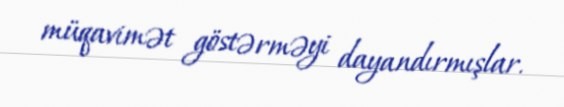
müqavimət göstərməyi dayandırmışlar.